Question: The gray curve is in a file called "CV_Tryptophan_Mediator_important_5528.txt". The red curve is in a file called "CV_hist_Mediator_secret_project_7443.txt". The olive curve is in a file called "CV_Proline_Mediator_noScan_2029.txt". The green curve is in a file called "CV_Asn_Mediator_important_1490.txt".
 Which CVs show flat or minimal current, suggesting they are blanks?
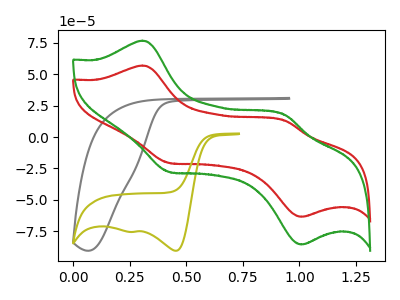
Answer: <think>The gray curve "Mediator + Tryptophan" has no peaks. The red curve "Mediator + hist" has anodic peaks at (0.30V, 57.00uA) (0.95V, 13.00uA) and cathodic peaks at (0.45V, -20.65uA) (1.00V, -63.50uA). The olive curve "Mediator + Proline" has cathodic peaks at (0.45V, -90.60uA) (0.25V, -75.55uA). The green curve "Mediator + Asn" has anodic peaks at (0.30V, 76.80uA) (0.95V, 17.55uA) and cathodic peaks at (0.45V, -27.80uA) (1.00V, -85.60uA).</think>
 <answer>"Mediator + Tryptophan" is likely to be a blank.</answer>
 <eval>Mediator + Tryptophan</eval>